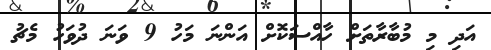
އަދި މި މުބާރާތަށް ހާއްސަކޮށް އަންނަ މަހު 9 ވަނަ ދުވަހު މެޗު